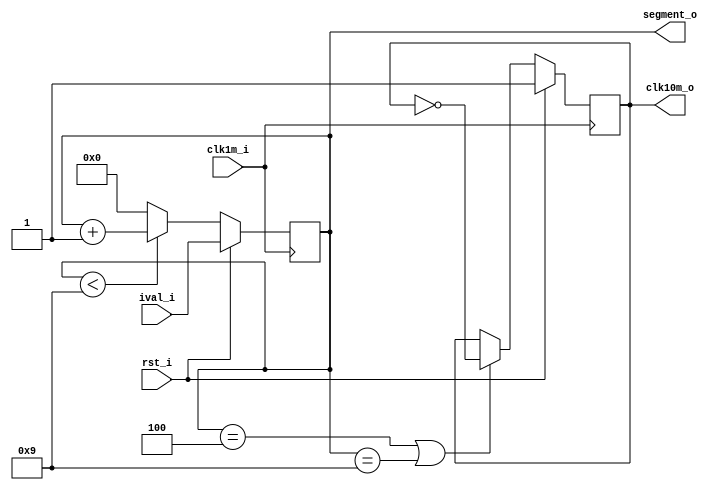
//-----------------------------------------------------
// ProjectName: ASIC watch
// Description: 0 - 5 counter. 1 minute increments
// //           It interfaces with 7-segment driver xx:xm
// Coder      : G.Cabo
// References :
//-----------------------------------------------------
`default_nettype none
`timescale 1 ns / 1 ps

`ifndef SYNT
    `ifdef FORMAL
        `define ASSERTIONS
    `endif
`endif

module count10m (
    input wire rst_i, // active high
    input wire clk1m_i, // 1/60 Hz
    output reg clk10m_o, // 1/600 Hz registered
    input wire [3:0] ival_i, // Initial value
    output wire [3:0] segment_o // fully encoded, one-hot decoder needed
);

reg [3:0] count_int;
always @(posedge clk1m_i) begin : count_4bit
            if (rst_i) begin
                count_int <= ival_i;
            end else begin
                if (count_int < 9) begin
                    count_int <= count_int+1;
                end else begin
                    count_int <= 0;
                end
            end
end

assign segment_o = count_int;

//xx:mx counter clock
always @(posedge clk1m_i) begin: clk_xhxx
            if (rst_i) begin
                clk10m_o <= 1;
            end else begin
                if (count_int==4 || count_int==9) begin
                    clk10m_o <= ~clk10m_o;
                end else begin
                    clk10m_o <= clk10m_o;
                end
            end
end

endmodule